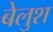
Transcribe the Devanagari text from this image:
बेलुश